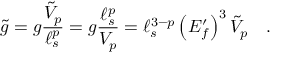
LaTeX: { \tilde { g } } = g { \frac { { \tilde { V } } _ { p } } { \ell _ { s } ^ { p } } } = g { \frac { \ell _ { s } ^ { p } } { V _ { p } } } = \ell _ { s } ^ { 3 - p } \left( E _ { f } ^ { \prime } \right) ^ { 3 } { \tilde { V } } _ { p } \quad .